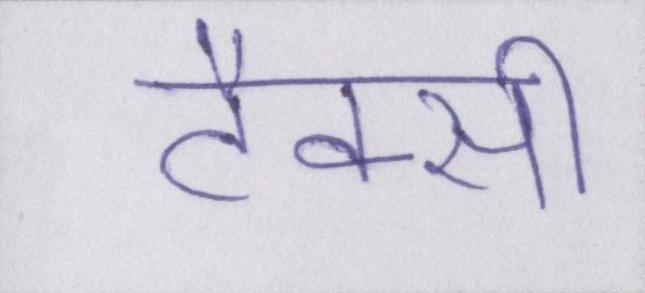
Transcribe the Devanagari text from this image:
टैक्सी